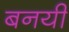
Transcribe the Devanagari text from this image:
बनयी